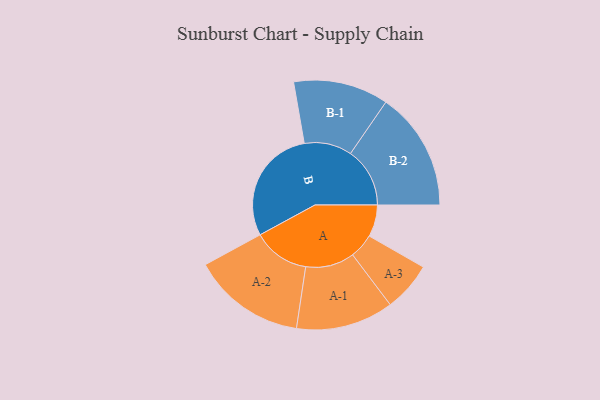
{"axis": {"x": "Segment", "y": "Value"}, "legend": ["", "A", "B"], "data": [{"x": "A", "y": 130, "type": ""}, {"x": "B", "y": 474, "type": ""}, {"x": "A-1", "y": 199, "type": "A"}, {"x": "A-2", "y": 231, "type": "A"}, {"x": "A-3", "y": 101, "type": "A"}, {"x": "B-1", "y": 194, "type": "B"}, {"x": "B-2", "y": 242, "type": "B"}]}